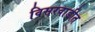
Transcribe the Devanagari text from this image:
विसरवाडीत